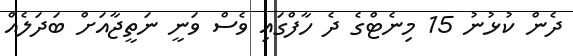
ދެން ކުޅުނު 15 މިނެޓްގެ ދެ ހާފްގައި ވެސް ވަނީ ނަތީޖާއަށް ބަދަލެއް